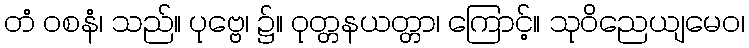
တံ ဝစနံ၊ သည်။ ပုဗ္ဗေ၊ ၌။ ဝုတ္တနယတ္တာ၊ ကြောင့်။ သုဝိညေယျမေဝ၊